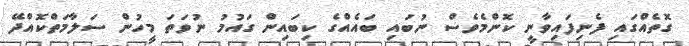
ގޮތެއްގައި ފެނިފައިވާނީ ކޮންމެވެސް ނުބައި ބައެއްގެ ކިބައިން ގައުމު ނުވަތަ މީހުން ސަލާމަތްކޮއްދޭ